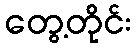
တွေ့တိုင်း